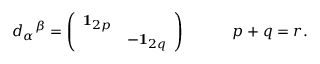
d _ { \alpha } { } ^ { \beta } = \left( \begin{array} { l l } { { { \bf { 1 } } _ { 2 p } } } & { { } } \\ { { } } & { { - { \bf { 1 } } _ { 2 q } } } \end{array} \right) \qquad \quad p + q = r .